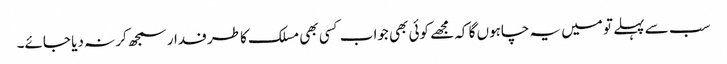
سب سے پہلے تو میں یہ چاہوں گا کہ مجھے کوئی بھی جواب کسی بھی مسلک کا طرفدار سمجھ کر نہ دیا جائے۔